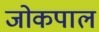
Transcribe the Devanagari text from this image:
जोकपाल